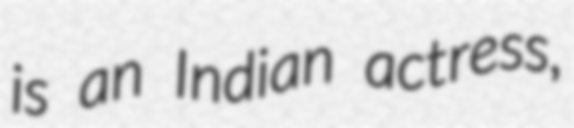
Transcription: is an Indian actress,